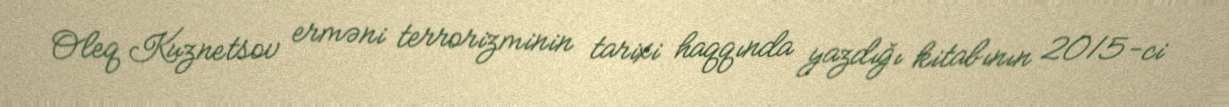
Oleq Kuznetsov erməni terrorizminin tarixi haqqında yazdığı kitabının 2015-ci